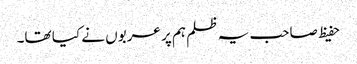
حفیظ صاحب یہ ظلم ہم پر عربوں نے کیا تھا۔